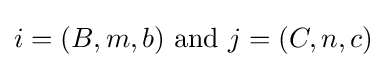
i=(B,m,b){\text{ and }}j=(C,n,c)